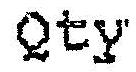
QTY